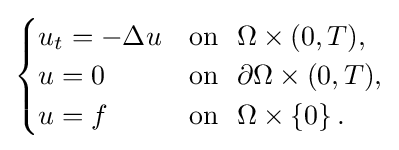
{\begin{cases}u_{t}=-\Delta u&{\textrm {on}}\ \ \Omega \times (0,T),\\u=0&{\textrm {on}}\ \ \partial \Omega \times (0,T),\\u=f&{\textrm {on}}\ \ \Omega \times \left\{0\right\}.\end{cases}}